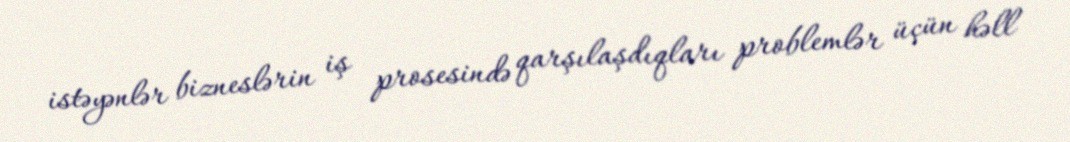
istəyənlər bizneslərin iş prosesində qarşılaşdıqları problemlər üçün həll